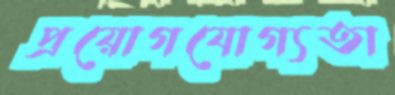
প্রয়োগযোগ্যতা